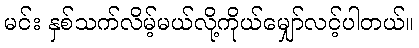
မင်း နှစ်သက်လိမ့်မယ်လို့ကိုယ်မျှော်လင့်ပါတယ်။